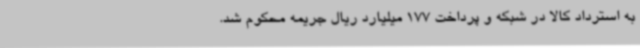
به استرداد کالا در شبکه و پرداخت 177 میلیارد ریال جریمه محکوم شد.